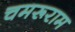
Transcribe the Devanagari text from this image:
चमरूराम